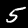
Label: 5